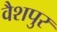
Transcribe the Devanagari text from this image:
वैशपुर